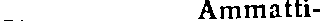
Ammatti-